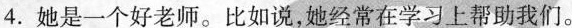
4.她是一个好老师。比如说，她经常在学习上帮助我们。